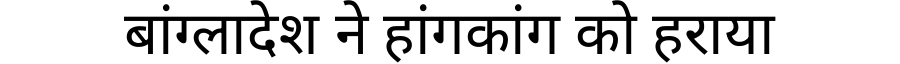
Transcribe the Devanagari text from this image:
बांग्लादेश ने हांगकांग को हराया